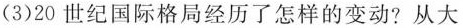
(3)20世纪国际格局经历了怎样的变动?从大